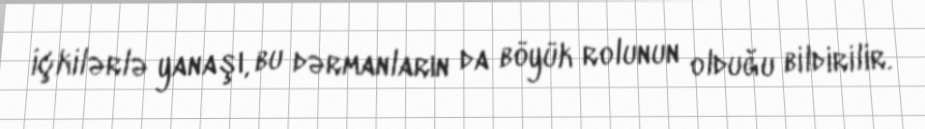
içkilərlə yanaşı, bu dərmanların da böyük rolunun olduğu bildirilir.